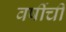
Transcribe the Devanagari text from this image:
वर्षीची